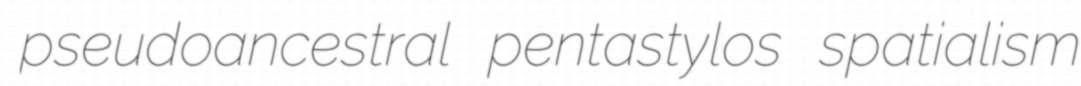
pseudoancestral pentastylos spatialism